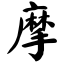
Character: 摩